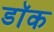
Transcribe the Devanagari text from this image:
डाॅक